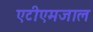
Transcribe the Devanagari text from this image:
एटीएमजाल